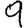
Digit: 9